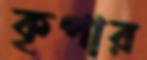
কৃপার